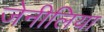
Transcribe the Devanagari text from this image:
जेनीलिया